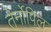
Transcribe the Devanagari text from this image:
तेर्नोपिल